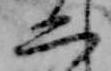
二